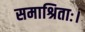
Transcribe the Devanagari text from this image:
समाश्रिताः।